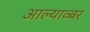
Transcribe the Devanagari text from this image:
आल्याव्बर